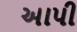
અાપી